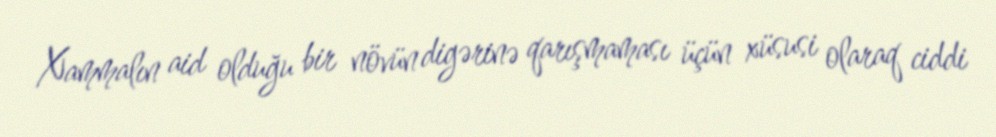
Xammalın aid olduğu bir növün digərinə qarışmaması üçün xüsusi olaraq ciddi